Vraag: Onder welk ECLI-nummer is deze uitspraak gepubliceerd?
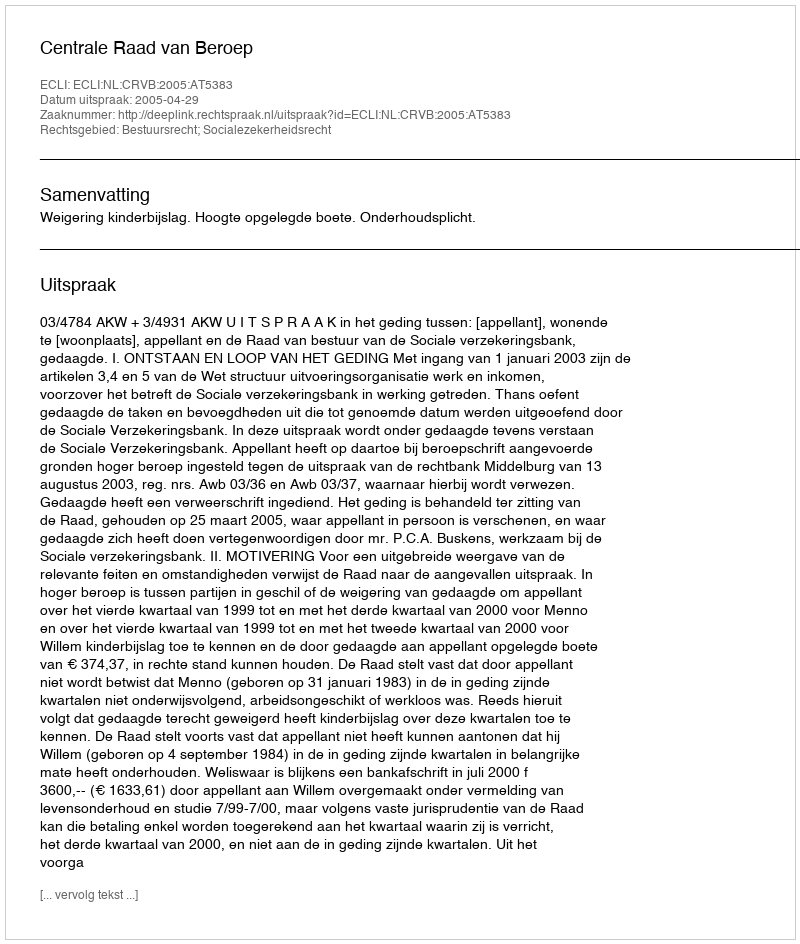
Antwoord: ECLI:NL:CRVB:2005:AT5383